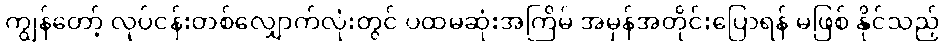
ကျွန်တော့် လုပ်ငန်းတစ်လျှောက်လုံးတွင် ပထမဆုံးအကြိမ် အမှန်အတိုင်းပြောရန် မဖြစ် နိုင်သည့်